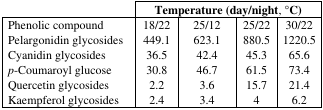
|  | <COLSPAN=4> Temperature (day/night, °C) |
 | --- | --- | --- | --- | --- |
 | Phenolic compound | 18/22 | 25/12 | 25/22 | 30/22 |
 | Pelargonidin glycosides | 449.1 | 623.1 | 880.5 | 1220.5 |
 | Cyanidin glycosides | 36.5 | 42.4 | 45.3 | 65.6 |
 | p-Coumaroyl glucose | 30.8 | 46.7 | 61.5 | 73.4 |
 | Quercetin glycosides | 2.2 | 3.6 | 15.7 | 21.4 |
 | Kaempferol glycosides | 2.4 | 3.4 | 4 | 6.2 |